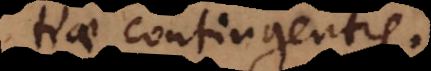
tiae contingentis.